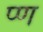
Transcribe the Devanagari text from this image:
प्ण